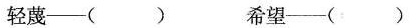
轻蔑——() 希望——()